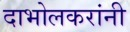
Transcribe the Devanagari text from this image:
दाभोलकरांनी